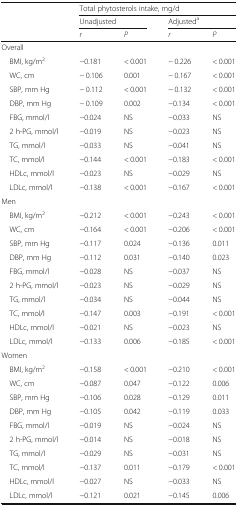
<table><thead><tr><td rowspan="3"></td><td colspan="4"><b>Total phytosterols intake, mg/d</b></td></tr><tr><td colspan="2"><b>Unadjusted</b></td><td colspan="2"><b>Adjusted<sup>a</sup></b></td></tr><tr><td><b><i>r</i></b></td><td><b><i>P</i></b></td><td><b><i>r</i></b></td><td><b><i>P</i></b></td></tr></thead><tbody><tr><td colspan="5">Overall</td></tr><tr><td> BMI, kg/m<sup>2</sup></td><td>−0.181</td><td>&lt; 0.001</td><td>− 0.226</td><td>&lt; 0.001</td></tr><tr><td> WC, cm</td><td>− 0.106</td><td>0.001</td><td>− 0.167</td><td>&lt; 0.001</td></tr><tr><td> SBP, mm Hg</td><td>− 0.112</td><td>&lt; 0.001</td><td>− 0.132</td><td>&lt; 0.001</td></tr><tr><td> DBP, mm Hg</td><td>− 0.109</td><td>0.002</td><td>−0.134</td><td>&lt; 0.001</td></tr><tr><td> FBG, mmol/l</td><td>−0.024</td><td>NS</td><td>−0.033</td><td>NS</td></tr><tr><td> 2 h-PG, mmol/l</td><td>−0.019</td><td>NS</td><td>−0.023</td><td>NS</td></tr><tr><td> TG, mmol/l</td><td>−0.033</td><td>NS</td><td>−0.041</td><td>NS</td></tr><tr><td> TC, mmol/l</td><td>−0.144</td><td>&lt; 0.001</td><td>−0.183</td><td>&lt; 0.001</td></tr><tr><td> HDLc, mmol/l</td><td>−0.023</td><td>NS</td><td>−0.029</td><td>NS</td></tr><tr><td> LDLc, mmol/l</td><td>−0.138</td><td>&lt; 0.001</td><td>−0.167</td><td>&lt; 0.001</td></tr><tr><td colspan="5">Men</td></tr><tr><td> BMI, kg/m<sup>2</sup></td><td>−0.212</td><td>&lt; 0.001</td><td>−0.243</td><td>&lt; 0.001</td></tr><tr><td> WC, cm</td><td>−0.164</td><td>&lt; 0.001</td><td>−0.206</td><td>&lt; 0.001</td></tr><tr><td> SBP, mm Hg</td><td>−0.117</td><td>0.024</td><td>−0.136</td><td>0.011</td></tr><tr><td> DBP, mm Hg</td><td>−0.112</td><td>0.031</td><td>−0.140</td><td>0.023</td></tr><tr><td> FBG, mmol/l</td><td>−0.028</td><td>NS</td><td>−0.037</td><td>NS</td></tr><tr><td> 2 h-PG, mmol/l</td><td>−0.023</td><td>NS</td><td>−0.029</td><td>NS</td></tr><tr><td> TG, mmol/l</td><td>−0.034</td><td>NS</td><td>−0.044</td><td>NS</td></tr><tr><td> TC, mmol/l</td><td>−0.147</td><td>0.003</td><td>−0.191</td><td>&lt; 0.001</td></tr><tr><td> HDLc, mmol/l</td><td>−0.021</td><td>NS</td><td>−0.023</td><td>NS</td></tr><tr><td> LDLc, mmol/l</td><td>−0.133</td><td>0.006</td><td>−0.185</td><td>&lt; 0.001</td></tr><tr><td colspan="5">Women</td></tr><tr><td> BMI, kg/m<sup>2</sup></td><td>−0.158</td><td>&lt; 0.001</td><td>−0.210</td><td>&lt; 0.001</td></tr><tr><td> WC, cm</td><td>−0.087</td><td>0.047</td><td>−0.122</td><td>0.006</td></tr><tr><td> SBP, mm Hg</td><td>−0.106</td><td>0.028</td><td>−0.129</td><td>0.011</td></tr><tr><td> DBP, mm Hg</td><td>−0.105</td><td>0.042</td><td>−0.119</td><td>0.033</td></tr><tr><td> FBG, mmol/l</td><td>−0.019</td><td>NS</td><td>−0.024</td><td>NS</td></tr><tr><td> 2 h-PG, mmol/l</td><td>−0.014</td><td>NS</td><td>−0.018</td><td>NS</td></tr><tr><td> TG, mmol/l</td><td>−0.029</td><td>NS</td><td>−0.031</td><td>NS</td></tr><tr><td> TC, mmol/l</td><td>−0.137</td><td>0.011</td><td>−0.179</td><td>&lt; 0.001</td></tr><tr><td> HDLc, mmol/l</td><td>−0.027</td><td>NS</td><td>−0.033</td><td>NS</td></tr><tr><td> LDLc, mmol/l</td><td>−0.121</td><td>0.021</td><td>−0.145</td><td>0.006</td></tr></tbody></table>